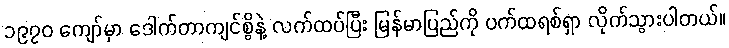
၁၉၇၀ ကျော်မှာ ဒေါက်တာကျင်စွိနဲ့ လက်ထပ်ပြီး မြန်မာပြည်ကို ပက်ထရစ်ရှာ လိုက်သွားပါတယ်။